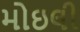
મોઇલી